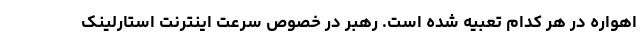
اهواره در هر کدام تعبیه شده است. رهبر در خصوص سرعت اینترنت استارلینک